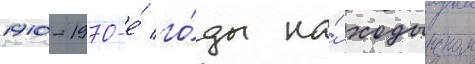
1910-1970-е́ го́ды на́ ходынском